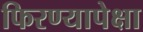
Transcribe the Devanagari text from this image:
फिरण्यापेक्षा